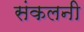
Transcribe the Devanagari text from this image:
संकलनी